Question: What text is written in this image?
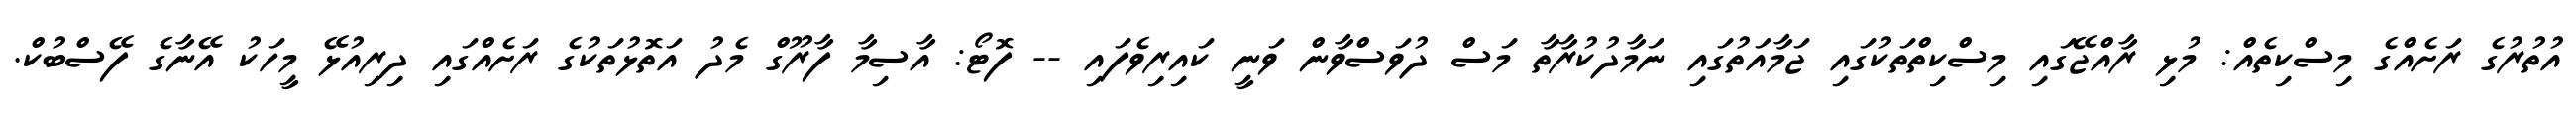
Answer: އުތުރުގެ ރަށެއްގެ މިސްކިތެއް: މުޅި ރާއްޖޭގައި މިސްކިތްތަކުގައި ޖަމާއަތުގައި ނަމާދުކުރާތާ މަސް ދުވަސްވާން ވަނީ ކައިރިވެފައި -- ފޮޓޯ: އާސިމާ ފާރޫގް މެދު އަތޮޅުތަކުގެ ރަށެއްގައި ދިރިއުޅޭ މީހަކު އޭނާގެ ފޭސްބުކް.